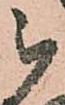
被